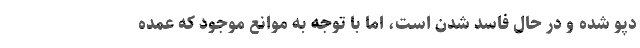
دپو شده و در حال فاسد شدن است، اما با توجه به موانع موجود که عمده